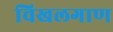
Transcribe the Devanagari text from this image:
चिखलगाण